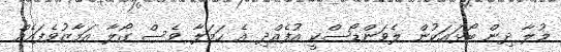
މުލާ ދިން ބޯޅައަކުން ލެވަންޑޯސްކީ އުފެއްދި އެ ހަމަލާ ވެސް ގޯލާ އަމާޒުވެފައެއް